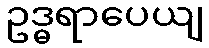
ဥဒ္ဓရာပေယျ